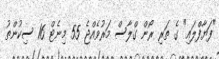
"ފަޔާފްލައި" ގެ ތަރި ރޯން ގްލާސް މަރުވެއްޖެ 55 މިނެޓް 16 ސިކުންތު